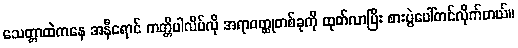
သေတ္တာထဲကနေ အနီရောင် ကတ္တီပါလိပ်လို အရာဝတ္ထုတစ်ခုကို ထုတ်လာပြီး စားပွဲပေါ်တင်လိုက်တယ်။